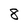
Character: 8